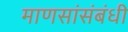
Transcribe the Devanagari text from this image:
माणसांसंबंधी